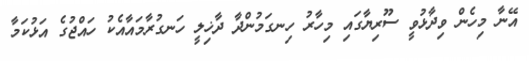
އޭނާ މިހެން ވިދާޅުވީ ސޫރިޔާގައި މިހާރު ހިނގަމުންދާ ދާޚިލީ ހަނގުރާމައާއެކު ހައްޖުގެ އަޅުކަމާ